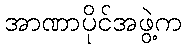
အာဏာပိုင်အဖွဲ့က